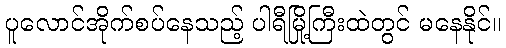
ပူလောင်အိုက်စပ်နေသည့် ပါရီမြို့ကြီးထဲတွင် မနေနိုင်။